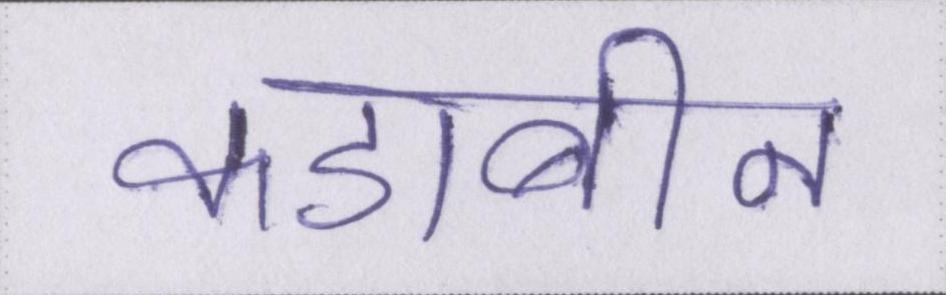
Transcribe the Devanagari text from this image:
कडाबीन